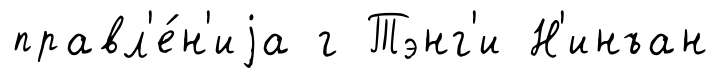
правл'е́н'иjа г Тэнг'и Н'инъан